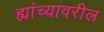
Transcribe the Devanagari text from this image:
ह्यांच्यावरील